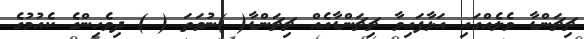
ޗިޗަންޑާ ވެލެއްގައި އަޅާފައިވާ ޗިޗަންޑާއެއް ޗިޗަންޑާ( )ނުވަތަ ( ) ދިވެހިންގެ ކެއުމުގެ